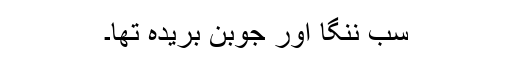
سب ننگا اور جوبن بریدہ تھا۔